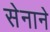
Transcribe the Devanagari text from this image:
सेनाने